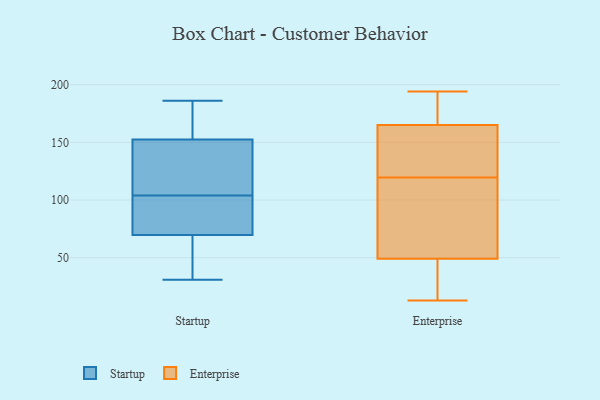
{"axis": {"x": "Bounce Rate (%)", "y": "Value"}, "legend": ["Enterprise", "Startup"], "data": [{"x": "", "y": 104, "type": "Startup"}, {"x": "", "y": 116, "type": "Startup"}, {"x": "", "y": 186, "type": "Startup"}, {"x": "", "y": 151, "type": "Startup"}, {"x": "", "y": 31, "type": "Startup"}, {"x": "", "y": 72, "type": "Startup"}, {"x": "", "y": 160, "type": "Startup"}, {"x": "", "y": 39, "type": "Startup"}, {"x": "", "y": 89, "type": "Startup"}, {"x": "", "y": 134, "type": "Startup"}, {"x": "", "y": 93, "type": "Startup"}, {"x": "", "y": 108, "type": "Startup"}, {"x": "", "y": 80, "type": "Startup"}, {"x": "", "y": 157, "type": "Startup"}, {"x": "", "y": 40, "type": "Startup"}, {"x": "", "y": 170, "type": "Startup"}, {"x": "", "y": 63, "type": "Startup"}, {"x": "", "y": 118, "type": "Enterprise"}, {"x": "", "y": 194, "type": "Enterprise"}, {"x": "", "y": 80, "type": "Enterprise"}, {"x": "", "y": 42, "type": "Enterprise"}, {"x": "", "y": 136, "type": "Enterprise"}, {"x": "", "y": 13, "type": "Enterprise"}, {"x": "", "y": 165, "type": "Enterprise"}, {"x": "", "y": 121, "type": "Enterprise"}, {"x": "", "y": 183, "type": "Enterprise"}, {"x": "", "y": 49, "type": "Enterprise"}]}